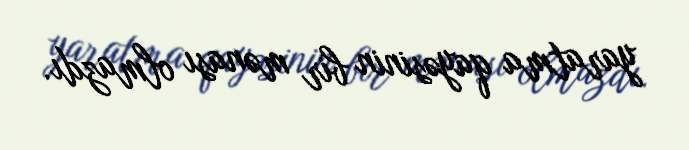
yaratma qayəsinin bir mənası olmazdı.